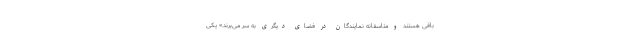
باقی هستند و متاسفانه نمایندگان در فضای دیگری به سر می‌برند.» یکی